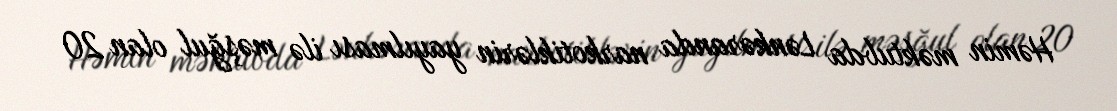
Həmin məktubda Lənkəranda narkotiklərin yayılması ilə məşğul olan 20